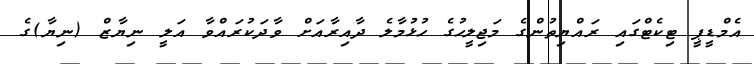
އެމްޑީޕީ ޓިކެޓްގައި ރައްޔިތުންގެ މަޖިލީހުގެ ހުޅުމާލެ ދާއިރާއަށް ވާދަކުރައްވާ އަލީ ނިޔާޒް (ނިޔާ)ގެ